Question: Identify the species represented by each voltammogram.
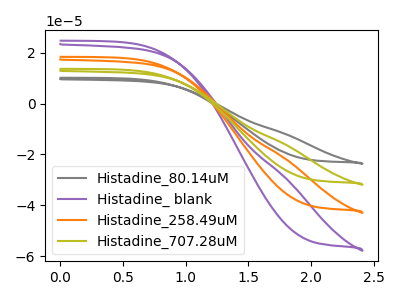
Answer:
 <answer>The gray curve is labeled "Histadine_80.14uM". The purple curve is labeled "Histadine_ blank". The orange curve is labeled "Histadine_258.49uM". The olive curve is labeled "Histadine_707.28uM".</answer>
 <eval></eval>